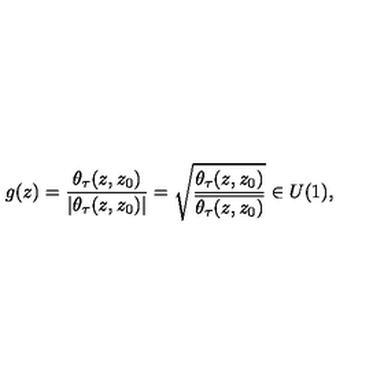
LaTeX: g ( z ) = \frac { \theta _ { \tau } ( z , z _ { 0 } ) } { | \theta _ { \tau } ( z , z _ { 0 } ) | } = \sqrt { \frac { \theta _ { \tau } ( z , z _ { 0 } ) } { \overline { { \theta _ { \tau } ( z , z _ { 0 } ) } } } } \in U ( 1 ) ,